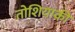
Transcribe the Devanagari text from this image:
तोशियाकी